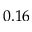
0 . 1 6